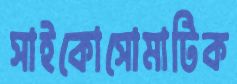
সাইকোসোমাটিক